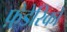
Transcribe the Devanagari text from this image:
फ़े़डेरिको